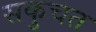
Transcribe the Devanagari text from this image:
सकुचत